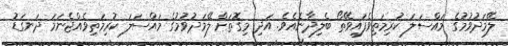
ލޭމަދުވުމުގެ މައްސަލަ ކުރިމަތިވެފައިވޭތޯ ބެލިދާނެއެވެ. އަދި މިގޮތަށް ލޭމަދުވުމުގެ މައްސަލަ ކުރިމަތިވެއްޖެނަމަ ދަނގަޑު